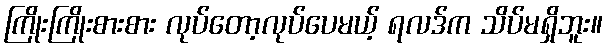
ကြိုးကြိုးစားစား လုပ်တော့လုပ်ပေမယ့် ရလဒ်က သိပ်မရှိဘူး။